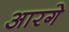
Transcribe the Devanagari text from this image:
आरगे